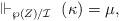
LaTeX: \begin{align*} \Vdash_{\wp(Z)/\mathcal{I}} \ (\kappa) = \mu,\end{align*}